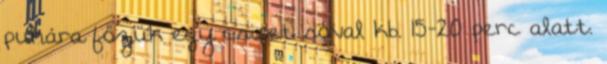
puhára főzük egy csipet sóval kb. 15-20 perc alatt.